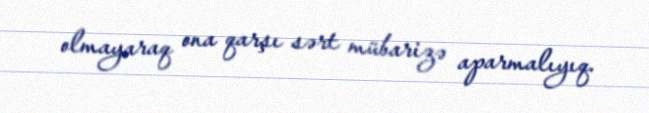
olmayaraq ona qarşı sərt mübarizə aparmalıyıq.